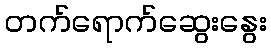
တက်ရောက်ဆွေးနွေး